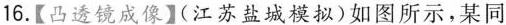
16.【凸透镜成像】(江苏盐城模拟)如图所示，某同